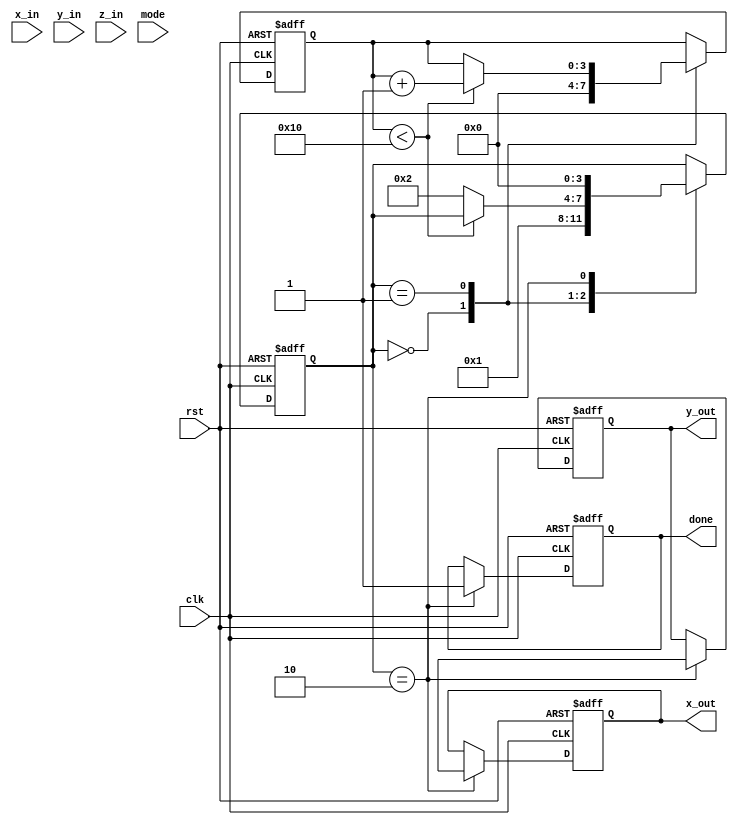
module cordic_floating_point (
    input wire clk,
    input wire rst,
    input wire [31:0] x_in, // Input x (floating-point)
    input wire [31:0] y_in, // Input y (floating-point)
    input wire [31:0] z_in, // Input z (angle in radians, floating-point)
    input wire mode,        // Mode selection: 0 for rotation, 1 for vectoring
    output reg [31:0] x_out, // Output x (floating-point)
    output reg [31:0] y_out, // Output y (floating-point)
    output reg done         // Operation done signal
);

    // CORDIC parameters
    parameter NUM_ITERATIONS = 16; // Number of iterations
    reg [31:0] x [0:NUM_ITERATIONS-1]; // Fixed-point representation of x
    reg [31:0] y [0:NUM_ITERATIONS-1]; // Fixed-point representation of y
    reg [31:0] z [0:NUM_ITERATIONS-1]; // Fixed-point representation of z
    reg [31:0] atan_table [0:NUM_ITERATIONS-1]; // Lookup table for arctangent values

    // Initialize arctangent values (in fixed-point format)
    initial begin
        atan_table[0] = 32'h00000000; // atan(0)
        atan_table[1] = 32'h3F19999A; // atan(1/2^1)
        atan_table[2] = 32'h3F2AAAAB; // atan(1/2^2)
        atan_table[3] = 32'h3F2C8F5C; // atan(1/2^3)
        // ... Fill in the rest of the atan_table
    end

    // State machine for CORDIC operation
    reg [3:0] state;
    reg [3:0] iteration;

    always @(posedge clk or posedge rst) begin
        if (rst) begin
            state <= 0;
            iteration <= 0;
            done <= 0;
            x_out <= 0;
            y_out <= 0;
        end else begin
            case (state)
                0: begin // Initialization
                    x[0] <= x_in; // Load input x
                    y[0] <= y_in; // Load input y
                    z[0] <= z_in; // Load input z
                    iteration <= 0;
                    state <= 1;
                end
                1: begin // CORDIC iterations
                    if (iteration < NUM_ITERATIONS) begin
                        if (mode == 0) begin // Rotation mode
                            if (z[iteration] < 0) begin
                                x[iteration + 1] <= x[iteration] + (y[iteration] >> iteration);
                                y[iteration + 1] <= y[iteration] - (x[iteration] >> iteration);
                                z[iteration + 1] <= z[iteration] + atan_table[iteration];
                            end else begin
                                x[iteration + 1] <= x[iteration] - (y[iteration] >> iteration);
                                y[iteration + 1] <= y[iteration] + (x[iteration] >> iteration);
                                z[iteration + 1] <= z[iteration] - atan_table[iteration];
                            end
                        end else begin // Vectoring mode
                            // Implement vectoring logic here
                        end
                        iteration <= iteration + 1;
                    end else begin
                        state <= 2; // Move to normalization state
                    end
                end
                2: begin // Normalization
                    // Normalize the output back to floating-point
                    // This is a simplified example; actual normalization logic will depend on the scaling factor
                    x_out <= x[NUM_ITERATIONS]; // Final x output
                    y_out <= y[NUM_ITERATIONS]; // Final y output
                    done <= 1; // Indicate completion
                    state <= 0; // Reset state for next operation
                end
            endcase
        end
    end

endmodule